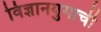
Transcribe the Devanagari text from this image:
विज्ञानयुगाची